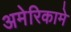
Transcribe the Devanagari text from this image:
अमेरिकामे